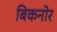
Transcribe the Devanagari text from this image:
बिकनोर